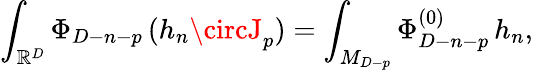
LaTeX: \int_{\mathbb{R}^{D}}\Phi_{D-n-p}\, (h_{n}\circJ_{p})=\int_{M_{D-p}}\Phi_{D-n-p}^{(0)}\, h_{n},